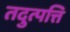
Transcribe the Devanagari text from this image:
तदुत्पत्ति